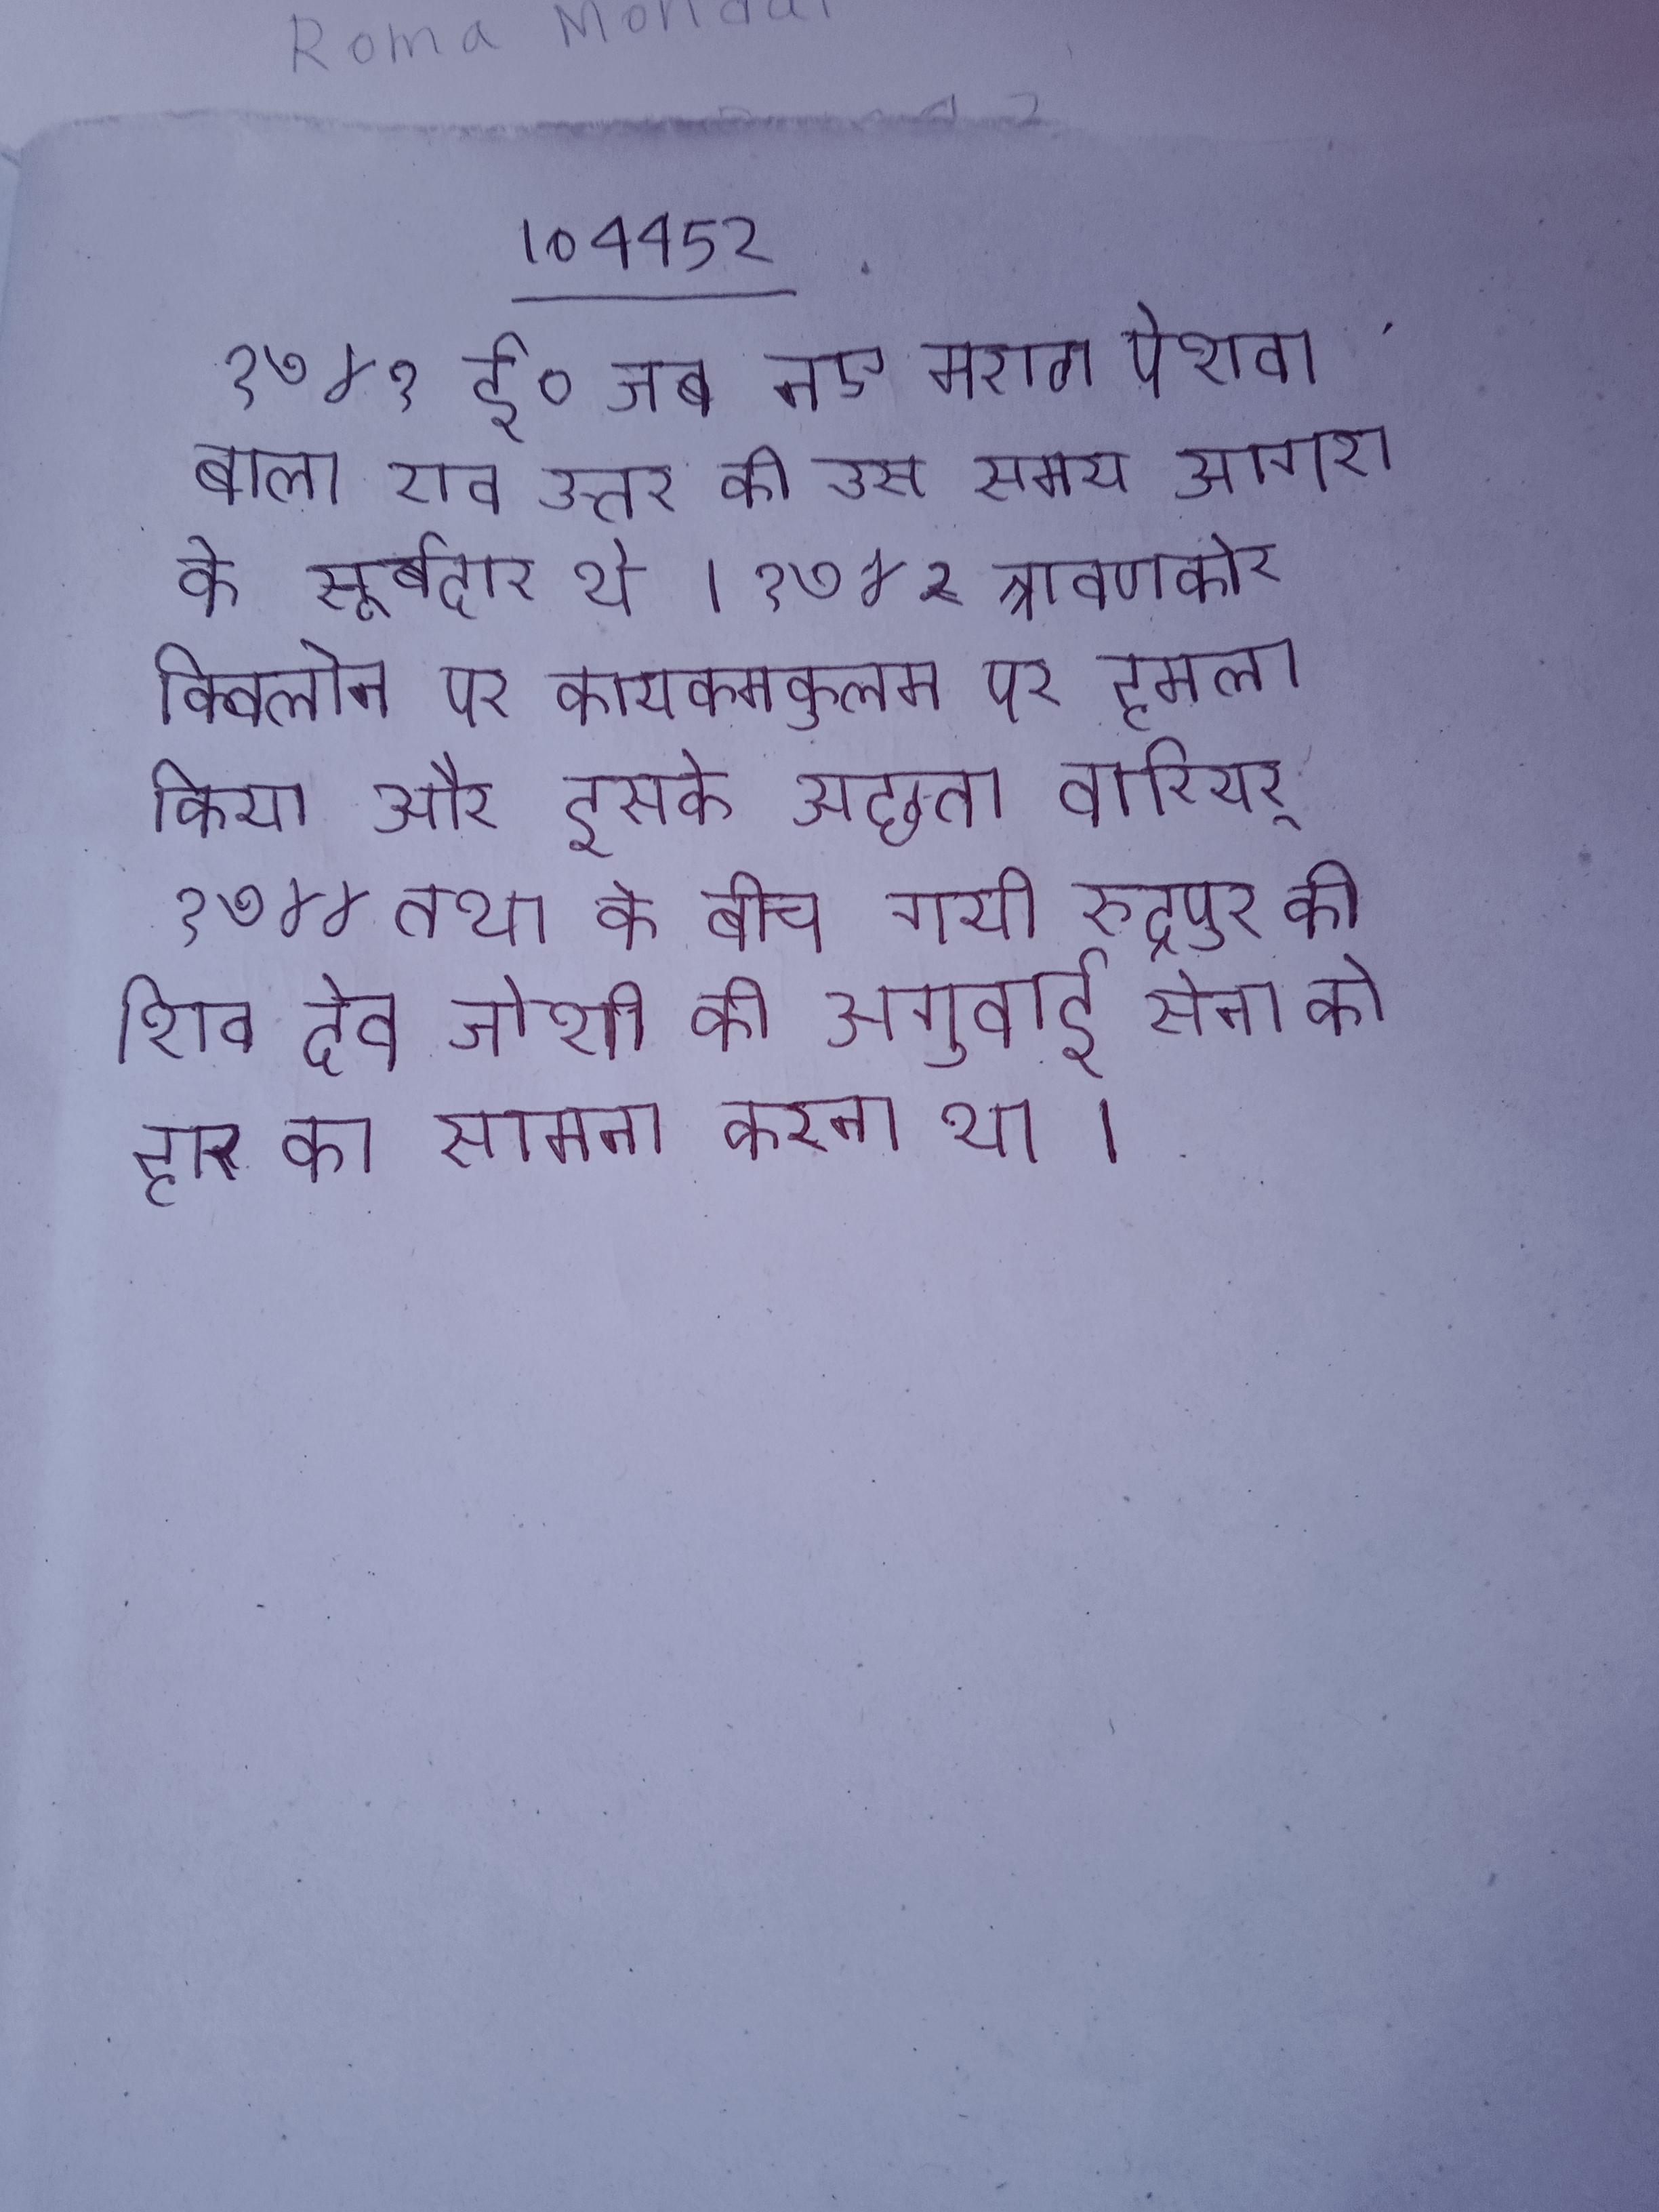
१७४१ ई० जब नए मराठा पेशवा बाला राव उत्तर की उस समय आगरा के सूबेदार थे । १७४२ त्रावणकोर क्विलोन पर कायमकुलम पर हमला किया और इसके अछुता वारियर् . १७४४ तथा के बीच गयी रुद्रपुर की शिव देव जोशी की अगुवाई सेना को हार का सामना करना था ।